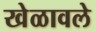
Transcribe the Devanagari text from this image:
खेळावले